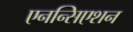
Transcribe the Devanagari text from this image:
एनन्सिएशन